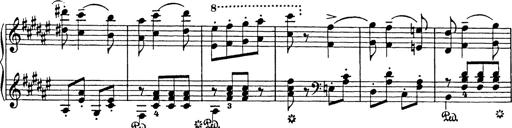
Title: Hungarian Rhapsody No.18
Composer: Franz Liszt
Key: F-sharp minor